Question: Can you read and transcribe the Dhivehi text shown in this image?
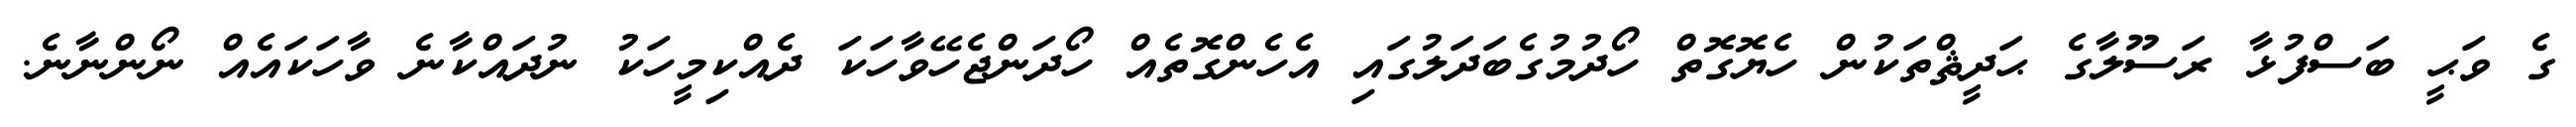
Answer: ގެ ވަޙީ ބަސްފުޅާ ރަސޫލާގެ ޙަދީޘްތަކުން ހެޔޮގޮތް ހޯދުމުގެބަދަލުގައި އެހެންގޮތެއް ހޯދަންޖެހޭވާހަކަ ދެއްކިމީހަކު ނުދައްކާނެ ވާހަކައެއް ނޯންނާނެ.